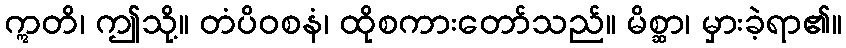
ဣတိ၊ ဤသို့။ တံပိဝစနံ၊ ထိုစကားတော်သည်။ မိစ္ဆာ၊ မှားခဲ့ရာ၏။